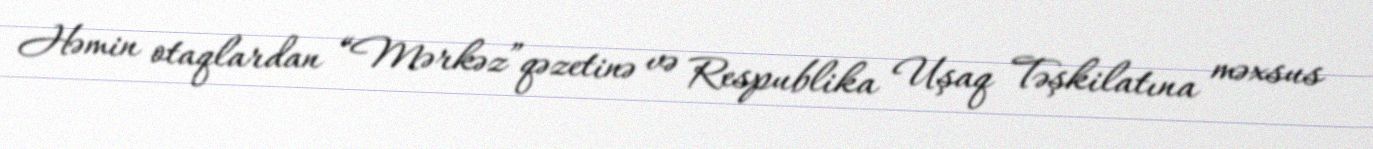
Həmin otaqlardan “Mərkəz”qəzetinə və Respublika Uşaq Təşkilatına məxsus